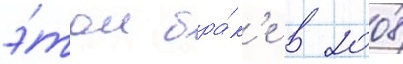
э́том бра́к'е в 2008